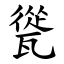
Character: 㼻